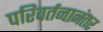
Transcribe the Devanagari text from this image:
परिवर्तनानंतर